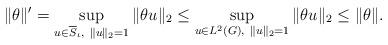
LaTeX: \begin{align*}\|\theta\|' = \sup_{u \in \overline{S}_\iota,\ \|u\|_2 = 1}\|\theta u\|_2 \le\sup_{u \in L^2(G),\ \|u\|_2 = 1} \|\theta u\|_2 \le \|\theta\|.\end{align*}